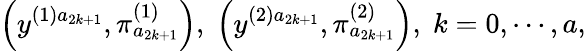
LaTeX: \left(y^{(1)a_{2k+1}},\pi_{a_{2k+1}}^{(1)}\right),\; \left(y^{(2)a_{2k+1}},\pi_{a_{2k+1}}^{(2)}\right),\; k=0,\cdots,a,